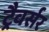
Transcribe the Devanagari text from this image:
ट्रैवर्सर